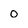
Character: o